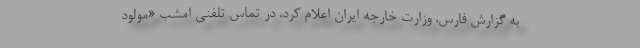
به گزارش فارس، وزارت خارجه ایران اعلام کرد، در تماس تلفنی امشب «مولود